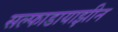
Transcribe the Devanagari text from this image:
सल्फाडायाझीन